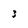
Character: 3